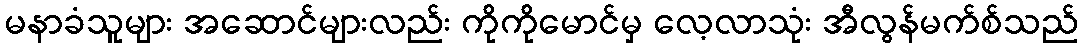
မနာခံသူများ အဆောင်များလည်း ကိုကိုမောင်မှ လေ့လာသုံး အီလွန်မက်စ်သည်